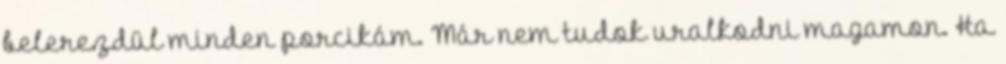
belerezdül minden porcikám. Már nem tudok uralkodni magamon. Ha